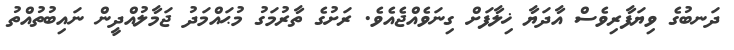
ދަނބުގެ ވިޔަފާރިވެސް އާދަޔާ ޚިލާފަށް ގިނަވެއްޖެއެވެ. ރަށުގެ ތާރުމަގު މުޙައްމަދު ޖަމާލުއްދީން ނައިބުތުއްތު